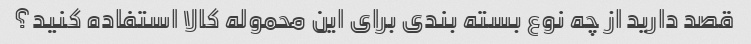
قصد دارید از چه نوع بسته بندی برای این محموله کالا استفاده کنید؟